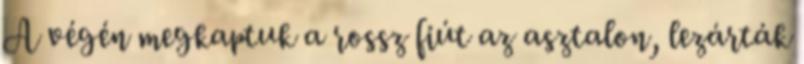
A végén megkaptuk a rossz fiút az asztalon, lezárták